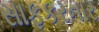
સાફકરનાર